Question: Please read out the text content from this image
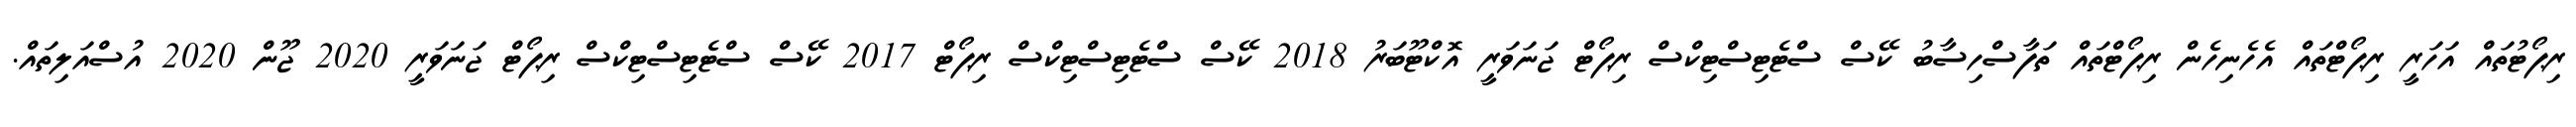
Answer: ރިޕޯޓުތައް އަހަރީ ރިޕޯޓްތައް އެހެނިހެން ރިޕޯޓްތައް ތަފާސްހިސާބު ކޭސް ސްޓެޓިސްޓިކްސް ރިޕޯޓް ޖަނަވަރީ އޮކްޓޫބަރު 2018 ކޭސް ސްޓެޓިސްޓިކްސް ރިޕޯޓް 2017 ކޭސް ސްޓެޓިސްޓިކްސް ރިޕޯޓް ޖަނަވަރީ 2020 ޖޫން 2020 އުސްއަލިތައް.